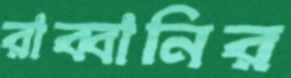
রাব্বানির